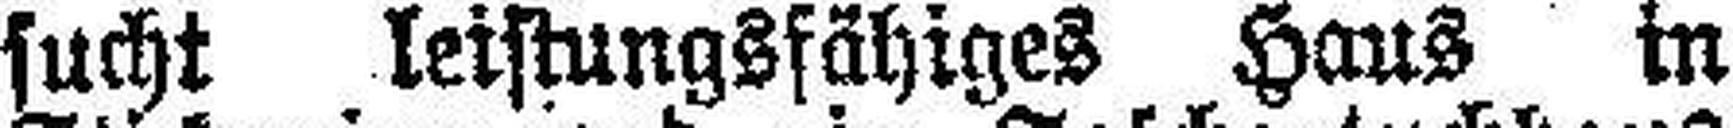
sucht leistungsfähiges Haus in